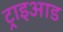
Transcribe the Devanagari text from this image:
ट्राइआड